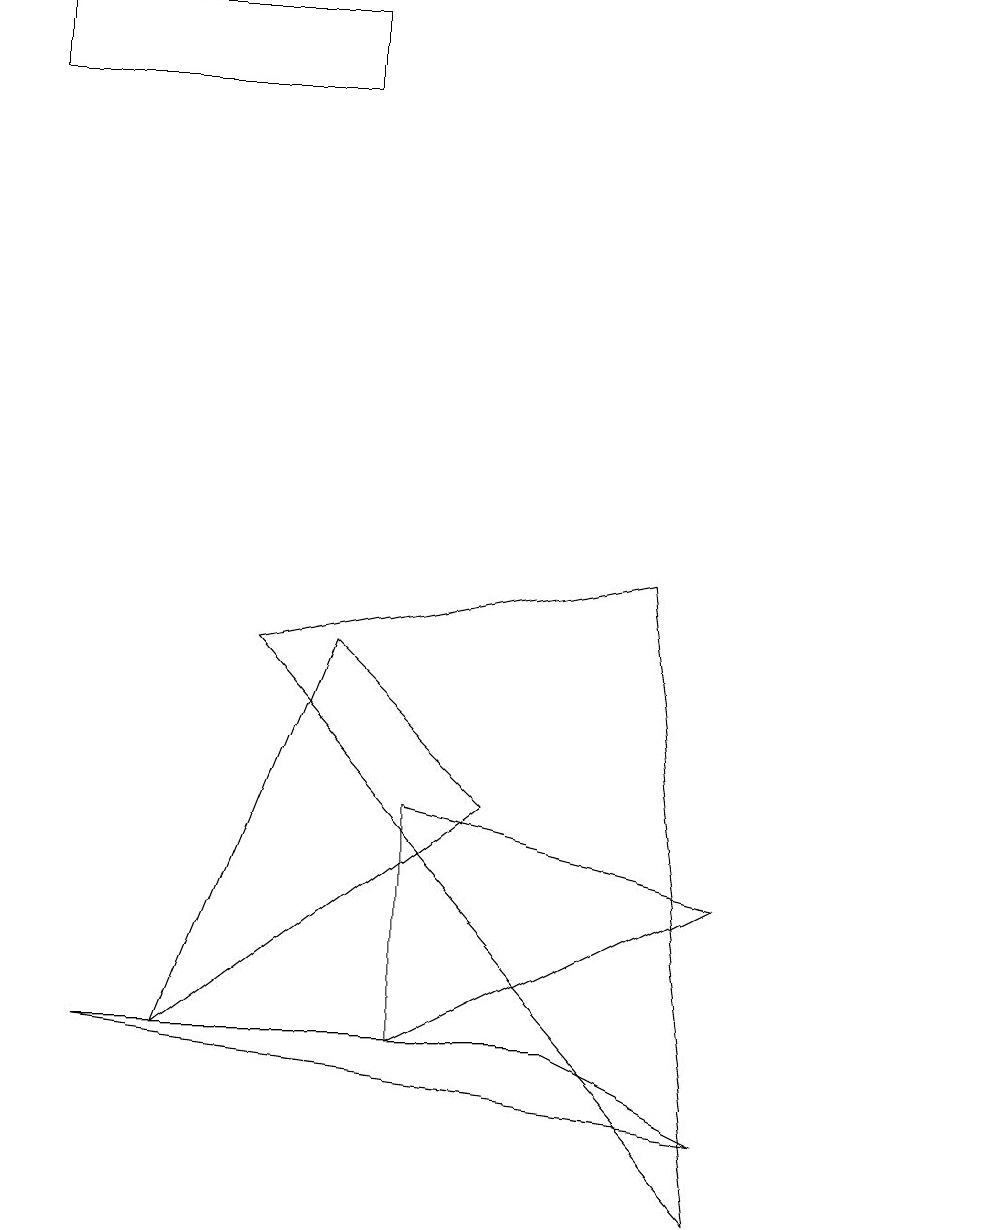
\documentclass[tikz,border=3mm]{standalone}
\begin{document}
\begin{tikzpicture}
\draw (2,3) -- (4,8) -- (6,6) -- cycle;
\draw (12,11) circle (0);
\draw (1,3) -- (7,3) -- (9,2) -- cycle;
\draw (5,3) -- (5,6) -- (9,5) -- cycle;
\draw (9,1) -- (8,9) -- (3,8) -- cycle;
\draw (0,16) rectangle (4,15);
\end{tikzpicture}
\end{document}